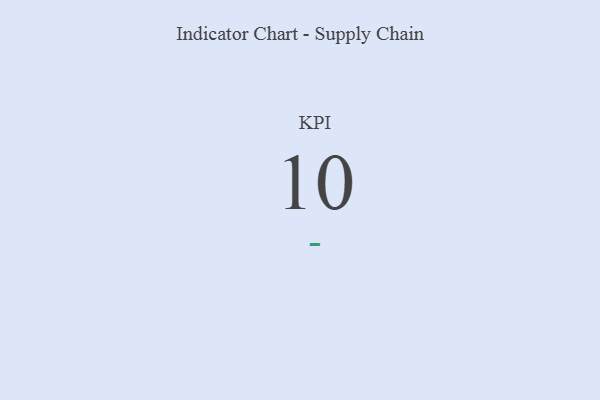
{"axis": {"x": "KPI", "y": "Value"}, "legend": [""], "data": [{"x": "KPI", "y": 10, "type": ""}]}